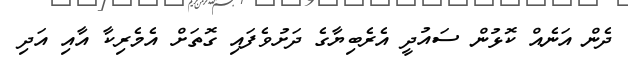
ދެން އަނެއް ކޮޅުން ސައުދީ އެރެބިޔާގެ ދަށުވެފައި ގޮތަށް އެމެރިކާ އާއި އަދި